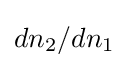
dn_{2}/dn_{1}